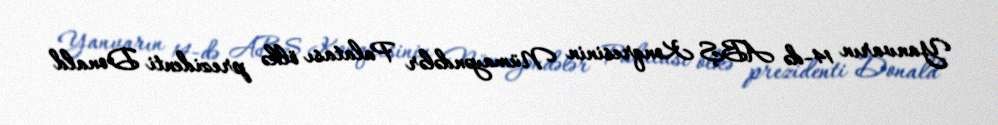
Yanvarın 14-də ABŞ Konqresinin Nümayəndələr Palatası ölkə prezidenti Donald